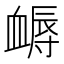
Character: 𧗈